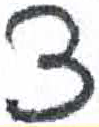
אות: צ